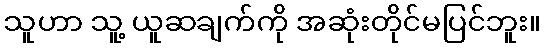
သူဟာ သူ့ ယူဆချက်ကို အဆုံးတိုင်မပြင်ဘူး။